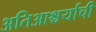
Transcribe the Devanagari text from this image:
अतिआश्चर्याची